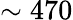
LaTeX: \sim 470